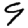
Digit: 9